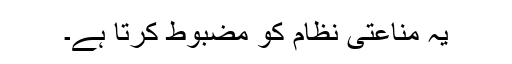
یہ مناعتی نظام کو مضبوط کرتا ہے۔